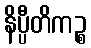
နိပ္ပီတိကဉ္စ